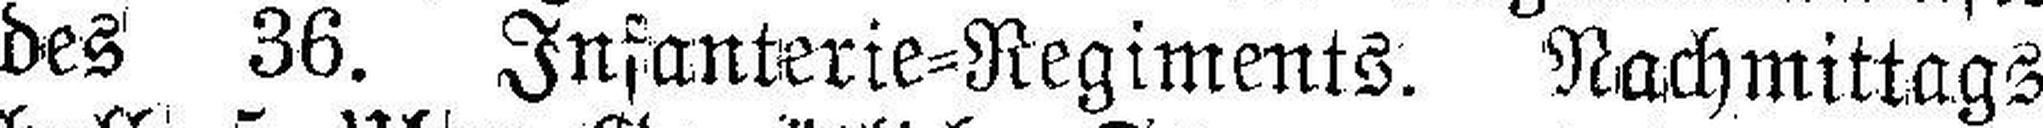
des 36. Infanterie=Regiments. Nachmittags